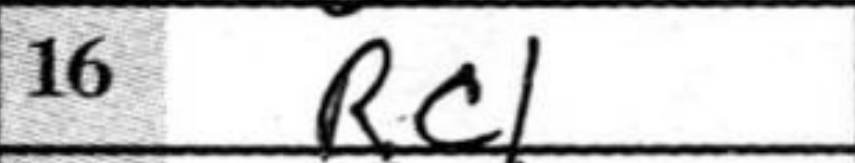
Transcription: Rc1